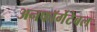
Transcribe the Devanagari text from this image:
अनफॉर्गेटेबल